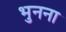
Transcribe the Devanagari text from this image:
भुनना